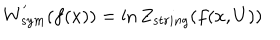
W _ { s y m } ^ { ' } ( f ( x ) ) = \ln Z _ { s t r i n g } ( f ( x , U ) )